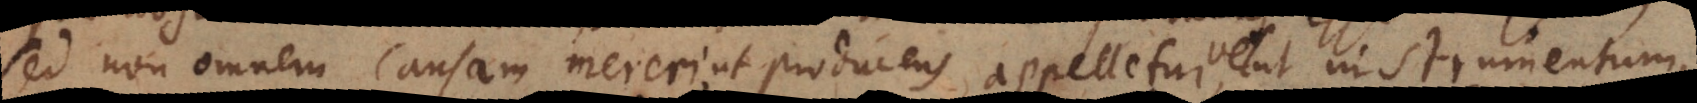
sed non omnem causam mereri, ut producens appelletur, ut instrumentum,